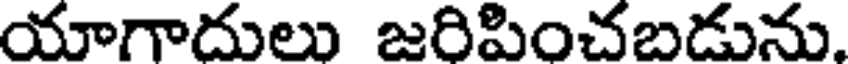
యాగాదులు జరిపించబడును.